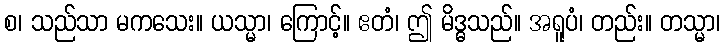
စ၊ သည်သာ မကသေး။ ယသ္မာ၊ ကြောင့်။ ဧတံ၊ ဤ မိဒ္ဓသည်။ အရူပံ၊ တည်း။ တသ္မာ၊